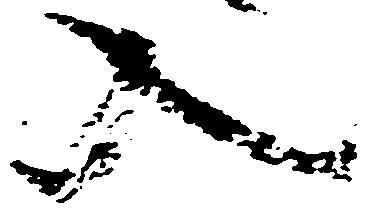
入